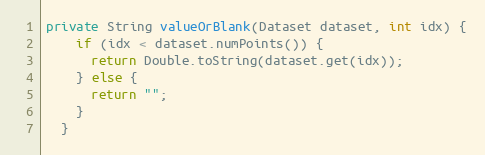
Language: Java
private String valueOrBlank(Dataset dataset, int idx) {
    if (idx < dataset.numPoints()) {
      return Double.toString(dataset.get(idx));
    } else {
      return "";
    }
  }